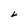
Character: L